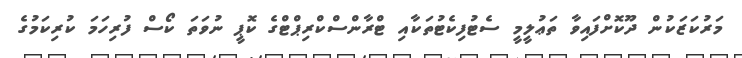
މަރުކަޒަކުން ދޫކޮށްފައިވާ ތަޢުލީމީ ސެޓުފިކެޓުތަކާއި ޓްރާންސްކްރިޕްޓްގެ ކޮޕީ ނުވަތަ ކޯސް ފުރިހަމަ ކުރިކަމުގެ